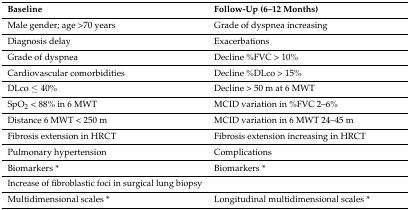
| Baseline | Follow-Up (6–12 Months) |
 | --- | --- |
 | Male gender; age >70 years | Grade of dyspnea increasing |
 | Diagnosis delay | Exacerbations |
 | Grade of dyspnea | Decline %FVC > 10% |
 | Cardiovascular comorbidities | Decline %DLco > 15% |
 | DLco ≤ 40% | Decline > 50 m at 6 MWT |
 | SpO2 < 88% in 6 MWT | MCID variation in %FVC 2–6% |
 | Distance 6 MWT < 250 m | MCID variation in 6 MWT 24–45 m |
 | Fibrosis extension in HRCT | Fibrosis extension increasing in HRCT |
 | Pulmonary hypertension | Complications |
 | Biomarkers * | Biomarkers * |
 | Increase of fibroblastic foci in surgical lung biopsy |  |
 | Multidimensional scales * | Longitudinal multidimensional scales * |